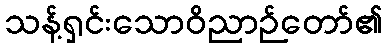
သန့်ရှင်းသောဝိညာဉ်တော်၏